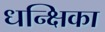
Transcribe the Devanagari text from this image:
धन्क्षिका